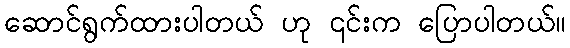
ဆောင်ရွက်ထားပါတယ် ဟု ၎င်းက ပြောပါတယ်။